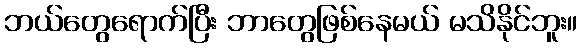
ဘယ်တွေရောက်ပြီး ဘာတွေဖြစ်နေမယ် မသိနိုင်ဘူး။